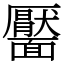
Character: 靨